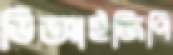
ডিআইজিপি